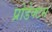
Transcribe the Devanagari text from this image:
प्रोडेक्टस